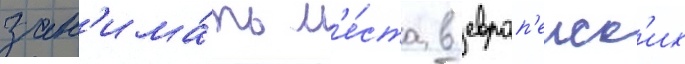
зан'има́ть м'е́ста в европ'еиск'их